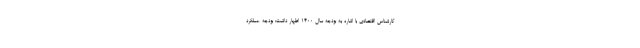
کارشناس اقتصادی با اشاره به بودجه سال 1400 اظهار داشت: بودجه عملکرد